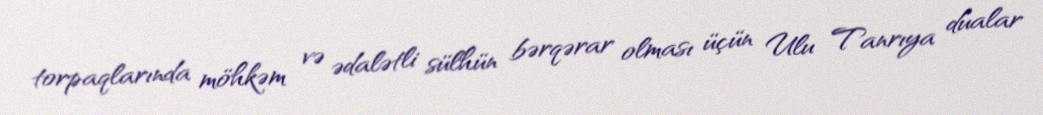
torpaqlarında möhkəm və ədalətli sülhün bərqərar olması üçün Ulu Tanrıya dualar